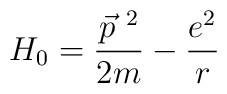
H_0 =\frac{\vec{p}^{~2}}{2m}  -\frac{e^2}{r}